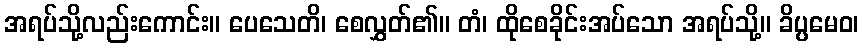
အရပ်သို့လည်းကောင်း။ ပေသေတိ၊ စေလွှတ်၏။ တံ၊ ထိုစေခိုင်းအပ်သော အရပ်သို့။ ခိပ္ပမေဝ၊